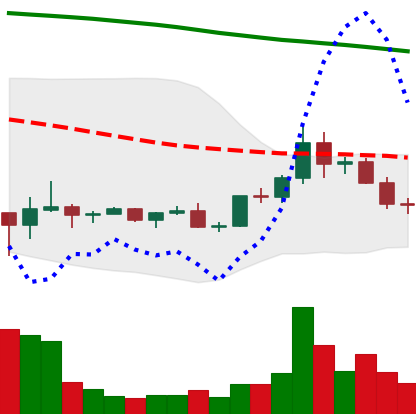
Ticker: DOGE-USD
Chart end date: 2022-02-12
Forward return: -4.053%
Label: down_3_5